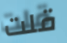
قلت